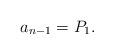
LaTeX: \begin{align*} a_{n-1}=P_1.\end{align*}